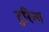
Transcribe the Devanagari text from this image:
टुरिन्ग